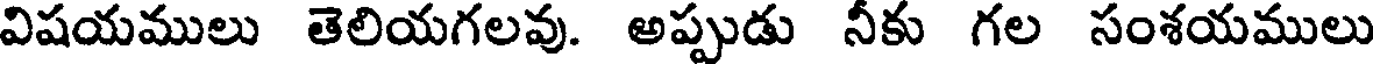
విషయములు తెలియగలవు. అప్పుడు నీకు గల సంశయములు